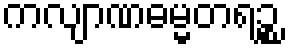
ကလျာဏဓမ္မတရဉ္စ